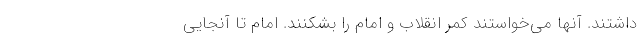
داشتند. آنها می‌خواستند کمر انقلاب و امام را بشکنند. امام تا آنجایی